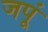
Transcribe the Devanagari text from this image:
जपूं